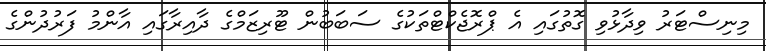
މިނިސްޓަރު ވިދާޅުވި ގޮތުގައި އެ ޕްރޮޖެކްޓްތަކުގެ ސަބަބުން ޓޫރިޒަމްގެ ދާއިރާގައި އާންމު ފަރުދުންގެ